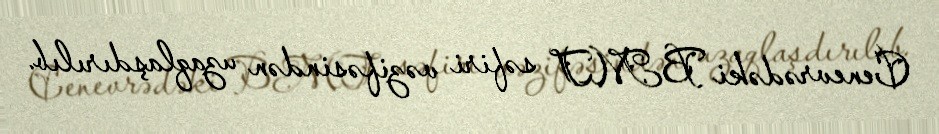
Cenevrədəki BMT səfiri vəzifəsindən uzaqlaşdırılıb.